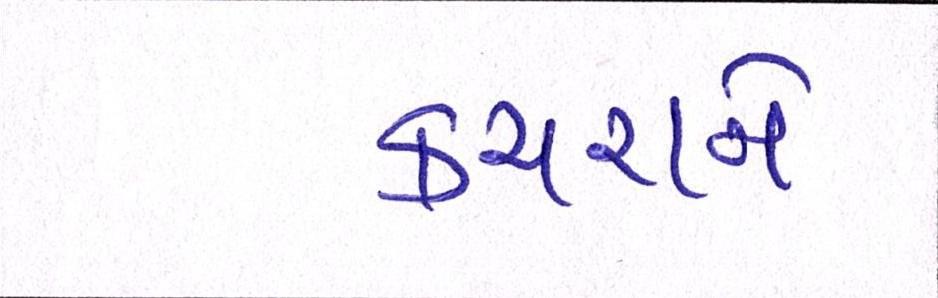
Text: કચરાનો